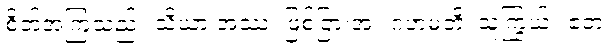
စိတ်အကြံသည်။ သိယာ အဿ၊ ဖြစ်ငြားအံ့။ ဂဟမတိ၊ သူကြွယ်။ ဧတံ၊